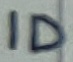
Text: ID